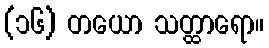
(၁၆) တယော သတ္ထာရော။